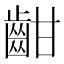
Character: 𪗳